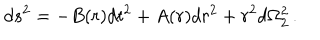
LaTeX: d s ^ { 2 } = - B ( r ) d t ^ { 2 } + A ( r ) d r ^ { 2 } + r ^ { 2 } d \Omega _ { 2 } ^ { 2 } \, .